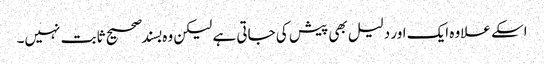
اسکے علاوہ ایک اور دلیل بھی پیش کی جاتی ہے لیکن وہ بسند صحیح ثابت نہیں۔